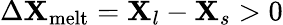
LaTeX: \Delta\mathbf{X}_{\mathrm{{melt}}}=\mathbf{X}_{l}-\mathbf{X}_{s}>0